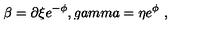
\beta = \partial \xi e ^ { - \phi } , g a m m a = \eta e ^ { \phi } \ ,